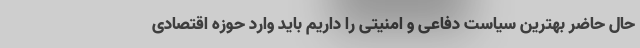
حال حاضر بهترین سیاست دفاعی و امنیتی را داریم باید وارد حوزه اقتصادی